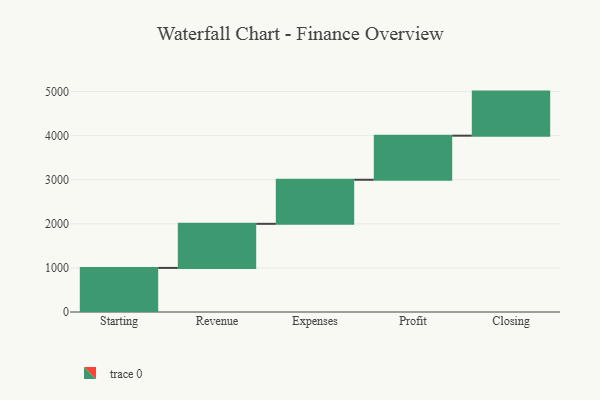
{"axis": {"x": "Step", "y": "Value"}, "legend": [""], "data": [{"x": "Starting", "y": 1000, "type": ""}, {"x": "Revenue", "y": 1000, "type": ""}, {"x": "Expenses", "y": 1000, "type": ""}, {"x": "Profit", "y": 1000, "type": ""}, {"x": "Closing", "y": 1000, "type": ""}]}